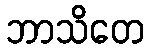
ဘာသိတေ